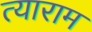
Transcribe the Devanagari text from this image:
त्याराम